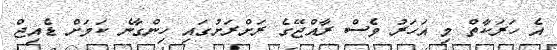
އެ ހަރަކާތް މި އަހަރު ވެސް ރާއްޖޭގެ ރަށްރަށުގައި ހިންގާނެ ކަމަށް ޑެއިޖް